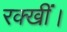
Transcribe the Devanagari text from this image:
रक्खीं।